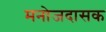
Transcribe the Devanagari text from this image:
मनोजदासक